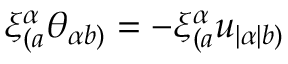
\xi _ { ( a } ^ { \alpha } \theta _ { \alpha b ) } = - \xi _ { ( a } ^ { \alpha } u _ { | \alpha | b ) }